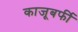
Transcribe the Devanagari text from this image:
काजूबर्फी